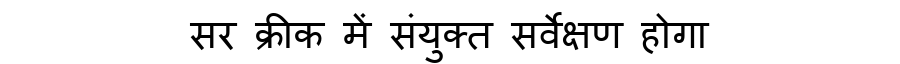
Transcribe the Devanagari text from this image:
सर क्रीक में संयुक्त सर्वेक्षण होगा